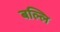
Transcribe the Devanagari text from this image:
बल्लि